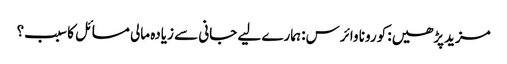
مزیدپڑھیں: کورونا وائرس: ہمارے لیے جانی سے زیادہ مالی مسائل کا سبب؟